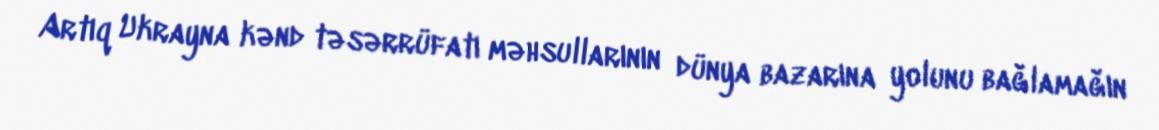
Artıq Ukrayna kənd təsərrüfatı məhsullarının dünya bazarına yolunu bağlamağın